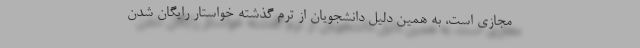
مجازی است، به همین دلیل دانشجویان از ترم گذشته خواستار رایگان شدن